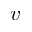
v